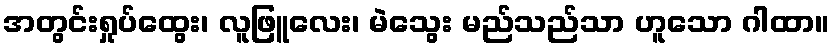
အတွင်းရှုပ်ထွေး၊ လူဖြူလေး၊ မဲသွေး မည်သည်သာ ဟူသော ဂါထာ။